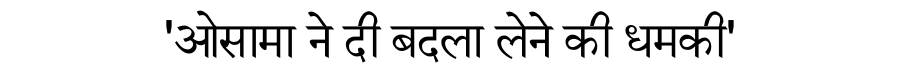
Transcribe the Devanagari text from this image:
'ओसामा ने दी बदला लेने की धमकी'